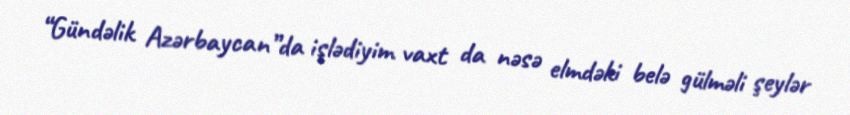
“Gündəlik Azərbaycan”da işlədiyim vaxt da nəsə elmdəki belə gülməli şeylər